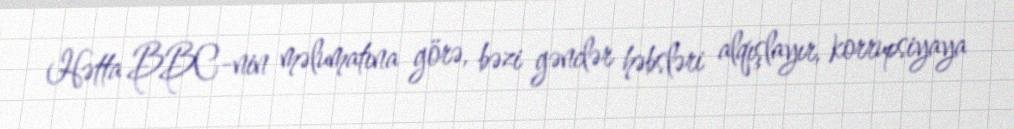
Hətta BBC-nin məlumatına görə, bəzi gənclər həbsləri alqışlayır, korrupsiyaya